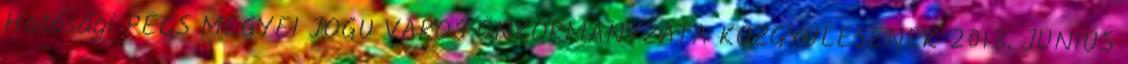
Hatósági PÉCS MEGYEI JOGÚ VÁROS ÖNKORMÁNYZATA KÖZGYŰLÉSÉNEK 2013. JÚNIUS